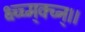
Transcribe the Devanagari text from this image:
क्ष्च्च्म्क्च्न्।।